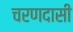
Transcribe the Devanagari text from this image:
चरणदासी